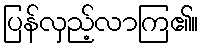
ပြန်လှည့်လာကြ၏။